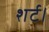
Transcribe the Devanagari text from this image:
शर्ट।